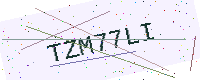
Text: TZM77LI